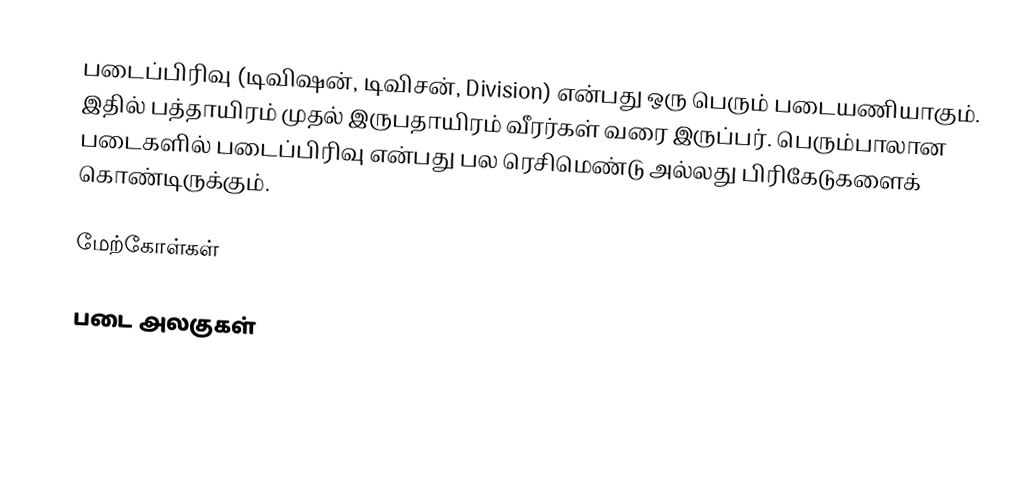
படைப்பிரிவு (டிவிஷன், டிவிசன், Division) என்பது ஒரு பெரும் படையணியாகும். இதில் பத்தாயிரம் முதல் இருபதாயிரம் வீரர்கள் வரை இருப்பர். பெரும்பாலான படைகளில் படைப்பிரிவு என்பது பல ரெசிமெண்டு அல்லது பிரிகேடுகளைக் கொண்டிருக்கும்.

மேற்கோள்கள்

படை அலகுகள்